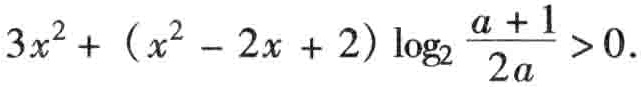
\(3x^{2}+(x^{2}-2x + 2)\log_{2}\frac{a + 1}{2a}>0\)